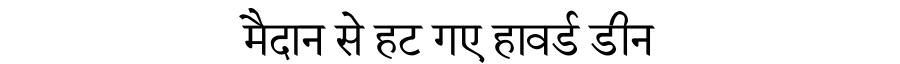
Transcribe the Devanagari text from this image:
मैदान से हट गए हावर्ड डीन